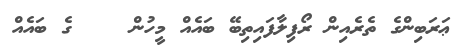
ޢަރަބިންގެ ތެރެއިން ރޯފިލާފައިތިބޭ ބައެއް މީހުން    ގެ ބައެއް